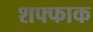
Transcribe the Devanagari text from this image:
शफ्फाक